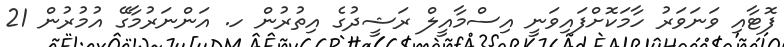
ފޮޓާއި ވަނަވަރު ހާމަކޮށްފައިވަނީ އިސްމާއީލް ރަޝީދުގެ އިތުރުން ހ. އަންނަރުމާގޭ އުމުރުން 21